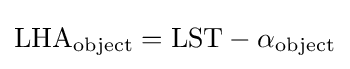
{\text{LHA}}_{\text{object}}={\text{LST}}-\alpha _{\text{object}}